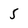
Character: 5